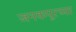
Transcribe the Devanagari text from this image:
जनकपूरच्या